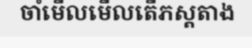
ចាំមើលមើលតើភស្តតាង